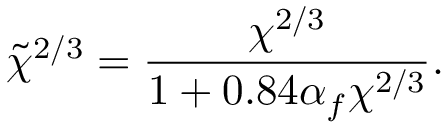
\Tilde { \chi } ^ { 2 / 3 } = \frac { \chi ^ { 2 / 3 } } { 1 + 0 . 8 4 \alpha _ { f } \chi ^ { 2 / 3 } } .